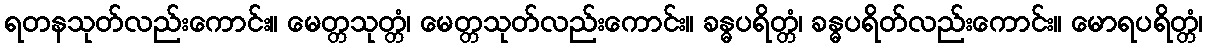
ရတနသုတ်လည်းကောင်း။ မေတ္တသုတ္တံ၊ မေတ္တသုတ်လည်းကောင်း။ ခန္ဓပရိတ္တံ၊ ခန္ဓပရိတ်လည်းကောင်း။ မောရပရိတ္တံ၊